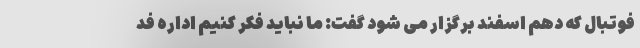
فوتبال که دهم اسفند برگزار می شود گفت: ما نباید فکر کنیم اداره فد